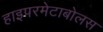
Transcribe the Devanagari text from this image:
हाइपरमेटाबोलस